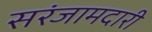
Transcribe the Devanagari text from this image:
सरंजामदारी